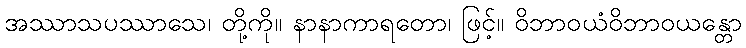
အဿာသပဿာသေ၊ တို့ကို။ နာနာကာရတော၊ ဖြင့်။ ဝိဘာဝယံဝိဘာဝယန္တော